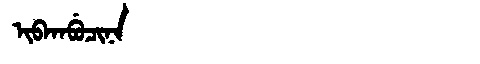
Manchu: ᡳᠪᡴᠠᠪᡠᠴᡳᠨᠠ
Romanization: IBKABUCINA